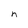
Character: n